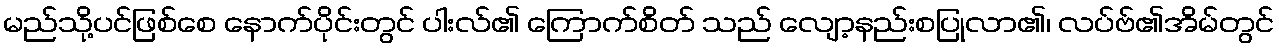
မည်သို့ပင်ဖြစ်စေ နောက်ပိုင်းတွင် ပါးလ်၏ ကြောက်စိတ် သည် လျော့နည်းစပြုလာ၏၊ လပ်ဗ်၏အိမ်တွင်